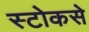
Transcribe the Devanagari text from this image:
स्टोकसे